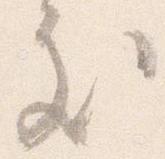
処